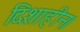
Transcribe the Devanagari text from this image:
दिशाहीन।